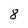
Character: 8